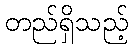
တည်ရှိသည့်